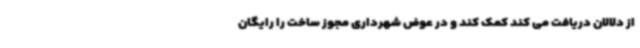
از دلالان دریافت می کند کمک کند و در عوض شهرداری مجوز ساخت را رایگان